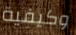
وكيفية